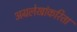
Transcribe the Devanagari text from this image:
अग्रलेखांकरिता